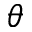
\theta